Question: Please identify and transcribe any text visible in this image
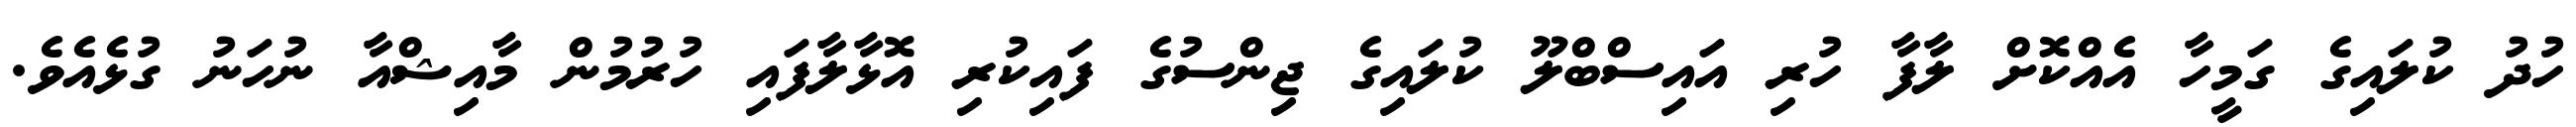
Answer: ހުދު ކުލައިގެ ގަމީހާ އެއްކޮށް ލާފާ ހުރި އައިސްބްލޫ ކުލައިގެ ޖިންސުގެ ފައިކުރި އޮޅާލާފައި ހުރުމުން މާއިޝްއާ ނުހަނު ގުޅެއެވެ.